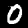
Digit: 0